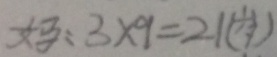
妈 : 3 \times 9 = 2 1 ( 岁 )